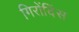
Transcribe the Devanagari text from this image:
गिरोंदिंस